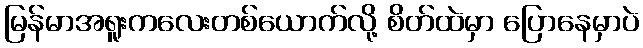
မြန်မာအရူးကလေးတစ်ယောက်လို့ စိတ်ထဲမှာ ပြောနေမှာပဲ